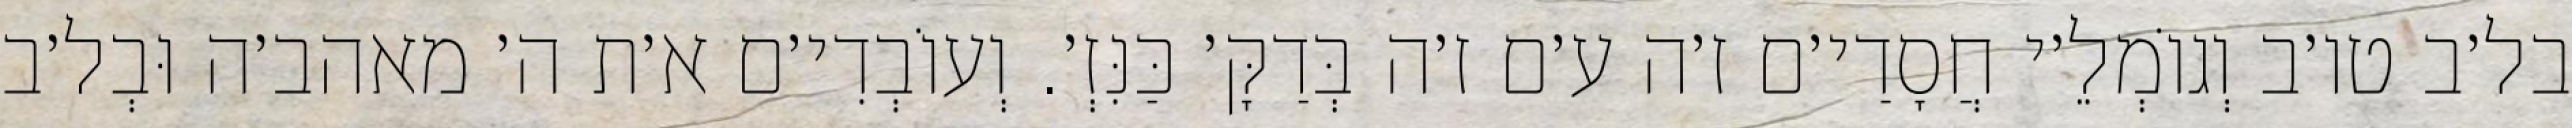
בל׳ב טו׳ב וְגוֹמְלֵ׳י חֲסָדַי׳ם ז׳ה ע׳ם ז׳ה בְּדַקָּ׳ כַּנִּזְ׳. וְעוֹבְדִי׳ם א׳ת ה׳ מאהב׳ה וּבְל׳ב